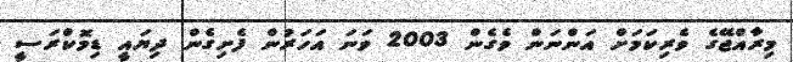
މިރާއްޖޭގެ ވެރިކަމަށް އަންނަން ވެގެން 2003 ވަނަ އަހަރުން ފެށިގެން ދިޔައީ ޑިމޮކްރަސީ